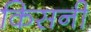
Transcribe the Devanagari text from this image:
किसनी